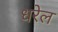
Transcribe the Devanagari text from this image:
धरेल